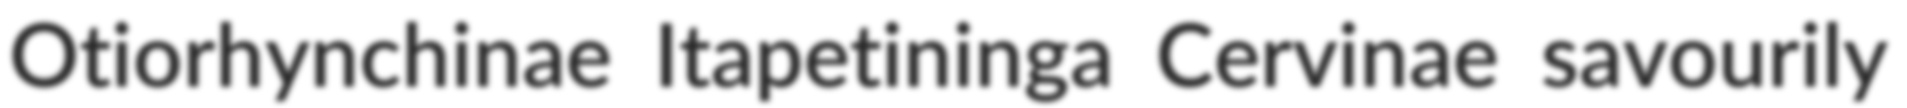
Otiorhynchinae Itapetininga Cervinae savourily